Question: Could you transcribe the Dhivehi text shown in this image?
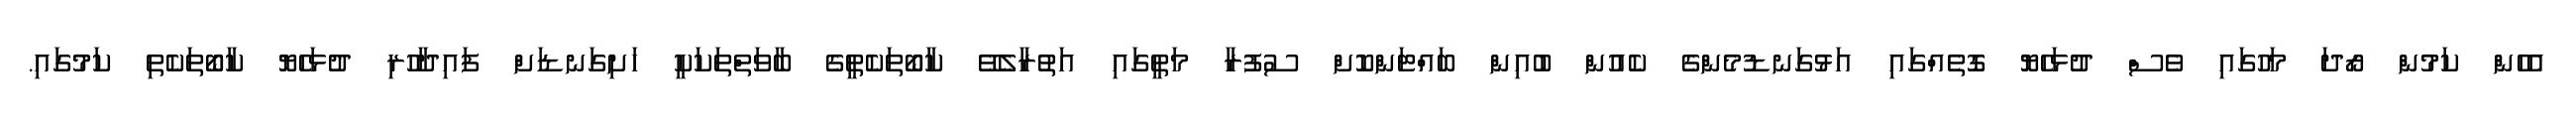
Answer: އެހެން ކަމުން ރޯދަ މަހުގައި ވެސް ދުޅަހެޔޮ ގޮތެއްގައި އަޅުގަނޑުމެންގެ ކެއުން ބުއިން ބައްޓަންކޮށް ސުފުރާ މަތީގައި އަތުރާލެވޭ ކާބޯތަކެތީގެ ބާވަތްތަކަކީ ހަށިގަނޑަށް ފައިދާހުރި ދުޅަހެޔޮ ކާބޯތަކެތި ކަމުގައި.